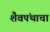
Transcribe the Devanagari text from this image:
शैवपंथाचा